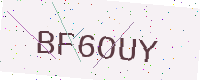
Text: BF6OUY